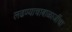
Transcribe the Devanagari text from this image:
लढण्याचाबाळाजींचा